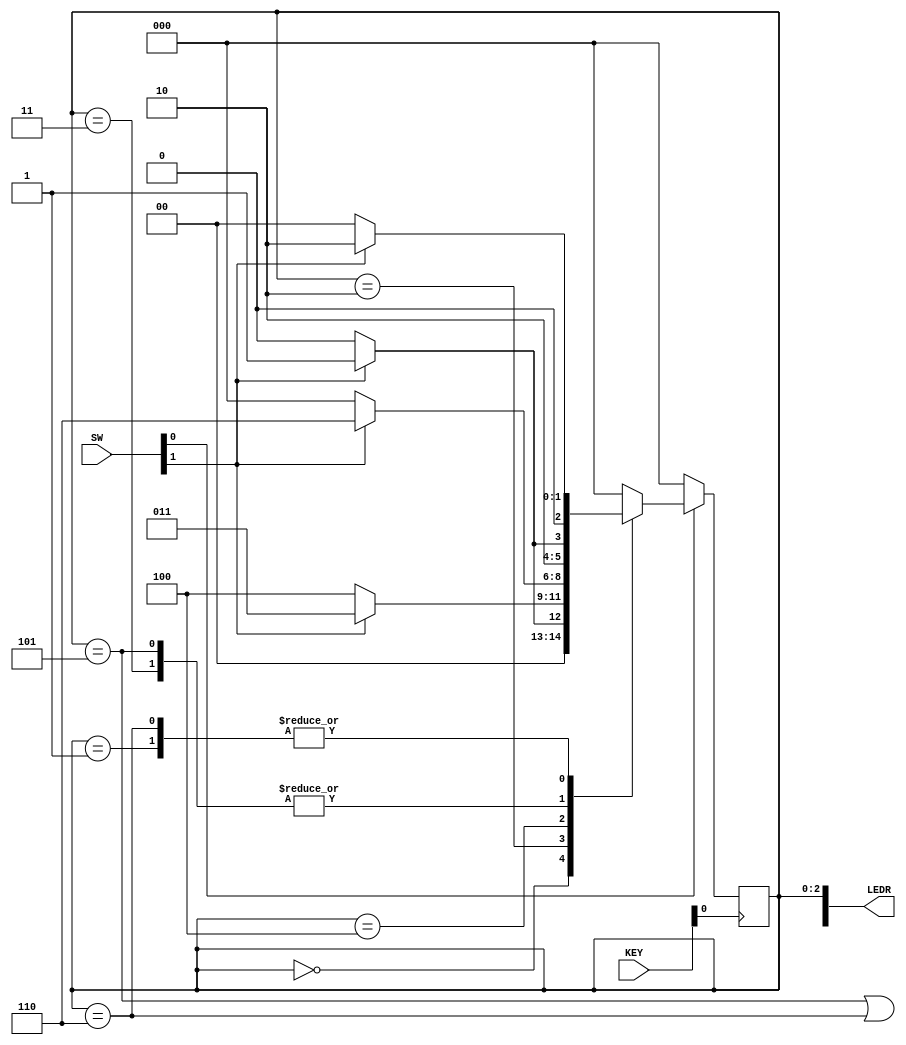
// SW[0]:       Synchronous active-low reset signal
// SW[1]:       input signal 

// KEY[0]:      clock

// LEDR[2:0]:   current state
// LEDR[9]:     output (z)

module sequence_detector(SW, KEY, LEDR);
    input [9:0] SW;
    input [3:0] KEY;
    output [9:0] LEDR;

    wire input_signal, clock, resetn, z;
    
    reg [2:0] current_state, next_state; 

    localparam A = 3'b000, B = 3'b001, C = 3'b010, D = 3'b011, E = 3'b100, F = 3'b101, G = 3'b110;
    
    // Connect inputs and outputs to internal wires
    assign input_signal = SW[1];
    assign clock = ~KEY[0];
    assign resetn = SW[0];
    assign LEDR[9] = z;
    assign LEDR[2:0] = current_state;

    // State table
    // The state table should only contain the logic for state transitions
    // Do not mix in any output logic.  The output logic should be handled separately.
    // This will make it easier to read, modify and debug the code.
    always @(*)
    begin   // Start of state_table
        case (current_state)
            A: begin
                   if (!input_signal) next_state = A;
                   else next_state = B;
               end
            B: begin
                   if(!input_signal) next_state = A;
                   else next_state = C;
               end
            C: begin
                   if (!input_signal) next_state = E;
                   else next_state = D;
               end                                 
            D: begin
                   if (!input_signal) next_state = E;
                   else next_state = F;
               end 
            E: begin
                   if (!input_signal) next_state = A;
                   else next_state = G;
               end 
            F: begin
                   if (!input_signal) next_state = E;
                   else next_state = F;
               end 
            G: begin
                   if (!input_signal) next_state = A;
                   else next_state = C;
               end                                              
            default: next_state = A;
        endcase
    end     // End of state_table

    // State Register (i.e., FFs)
    always @(posedge clock)
    begin   // Start of state_FFs (state register)
        if(resetn == 1'b0)
            current_state <= A;
        else
            current_state <= next_state
;
    end     // End of state_FFs (state register)

    // Output logic
    // Set z to 1 to turn on LED when in relevant states
    assign z = ((current_state == F) || (current_state == G));  
endmodule